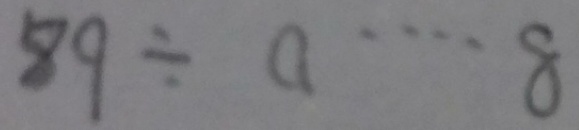
8 9 \div a \cdots 8